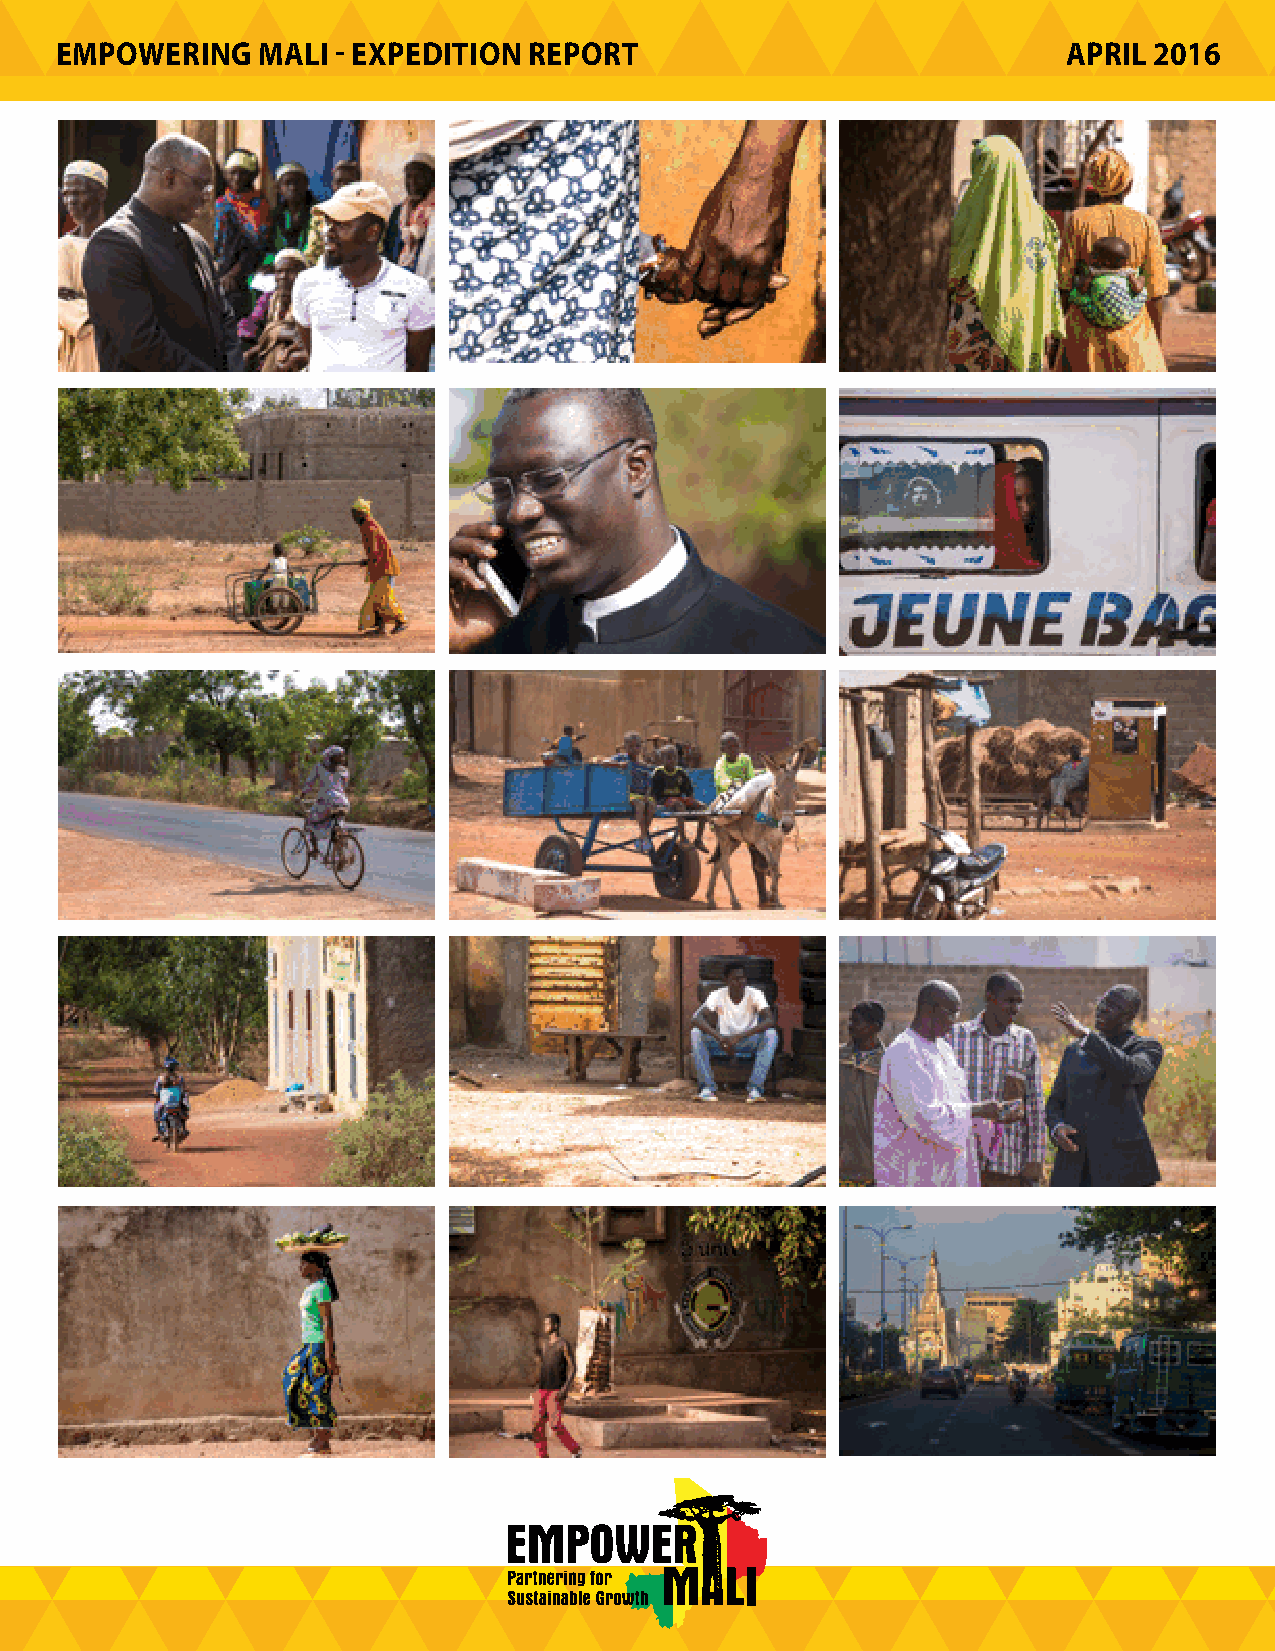
EMPOWERING   MALI - EXPEDITION REPORT                              APRIL 2016